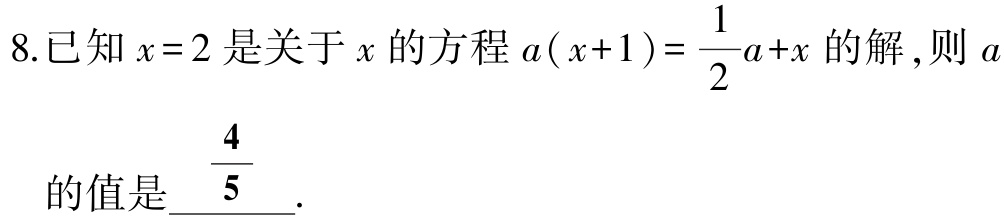
8.已知\(x = 2\)是关于\(x\)的方程\(a(x + 1)=\dfrac{1}{2}a + x\)的解，则\(a\)的值是\(\dfrac{4}{5}\).